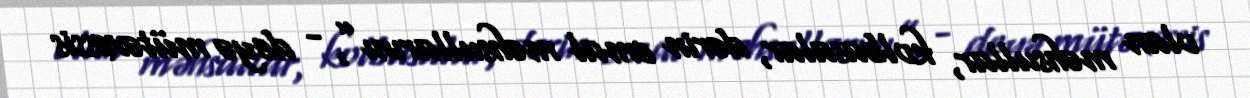
olan məhsullar, kolbasalar, dərin emal məhsullarını”, - deyə mütəxəssis